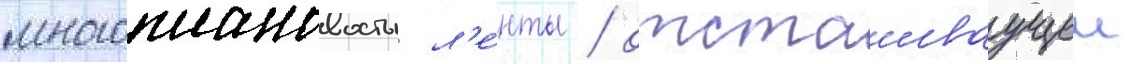
многоплановость л'е́нты / отстаиваущеи